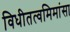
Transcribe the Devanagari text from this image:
विधीतत्वमिमांसा